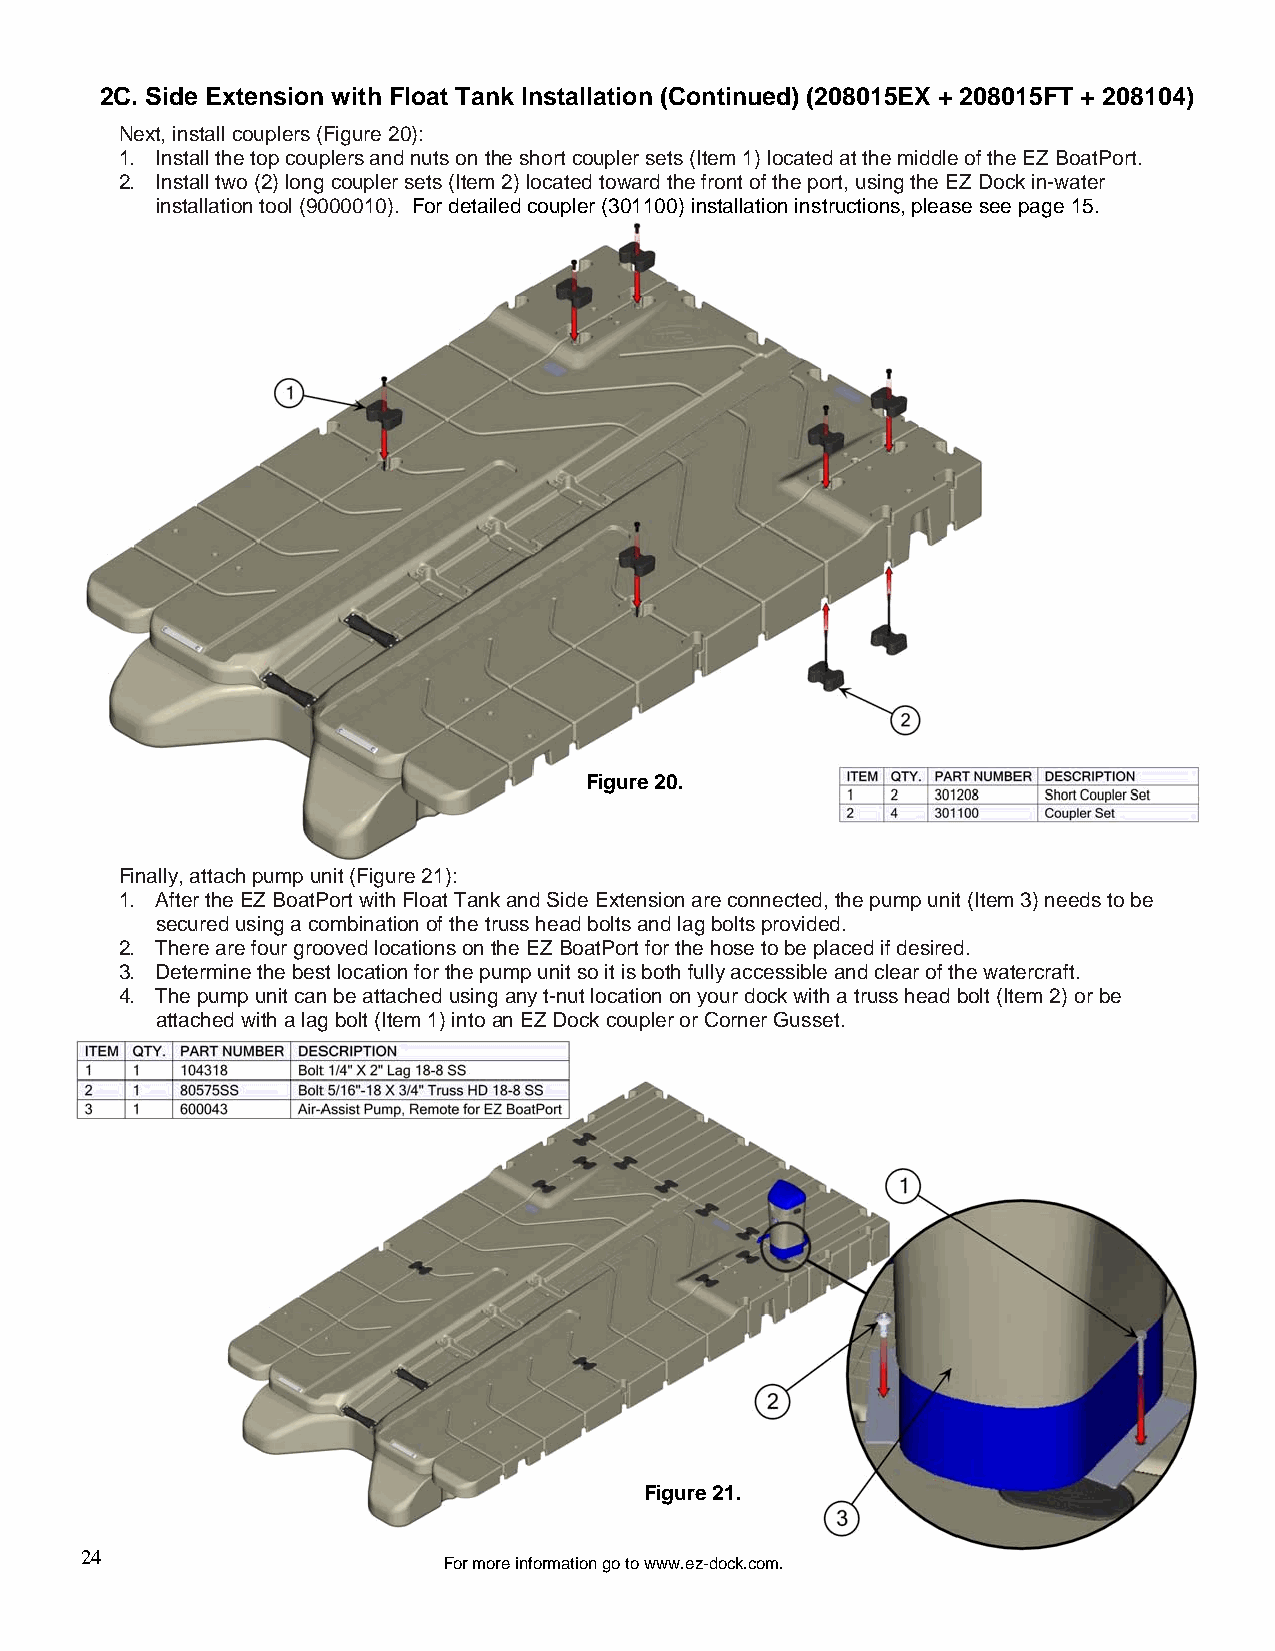
2C. Side Extension with Float Tank Installation (Continued) (208015EX + 208015FT + 208104)
 Next, install couplers (Figure 20):
 1. Install the top couplers and nuts on the short coupler sets (Item 1) located at the middle of the EZ BoatPort.
 2. Install two (2) long coupler sets (Item 2) located toward the front of the port, using the EZ Dock in-water
 installation tool (9000010). For detailed coupler (301100) installation instructions, please see page 15.
 Figure 20.
 Finally, attach pump unit (Figure 21):
 1. After the EZ BoatPort with Float Tank and Side Extension are connected, the pump unit (Item 3) needs to be
 secured using a combination of the truss head bolts and lag bolts provided.
 2. There are four grooved locations on the EZ BoatPort for the hose to be placed if desired.
 3. Determine the best location for the pump unit so it is both fully accessible and clear of the watercraft.
 4. The pump unit can be attached using any t-nut location on your dock with a truss head bolt (Item 2) or be
 attached with a lag bolt (Item 1) into an EZ Dock coupler or Corner Gusset.
 Figure 21.
 24
 For more information go to www.ez-dock.com.